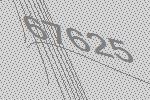
67625